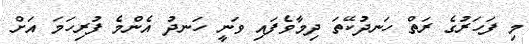
މި ފަަހަރުގެ ރަތް ހަނދުކޭތަ ދިމާވެފައި ވަނީ ހަނދު އެންމެ ފުރިހަަމަ އަށް